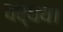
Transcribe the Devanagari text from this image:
वर्धय।